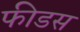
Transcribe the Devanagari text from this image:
फीडस